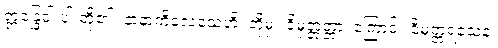
ဣန္ဒြေငါးပါးတို့၏။ နာနာကိလေသေဟိ၊ တို့မှ။ ဝိမုတ္တတ္တာ၊ ကြောင့်။ ဝိမုတ္တရသေန၊